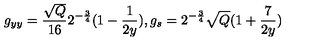
g _ { y y } = \frac { \sqrt { Q } } { 1 6 } 2 ^ { - \frac { 3 } { 4 } } ( 1 - \frac { 1 } { 2 y } ) , g _ { s } = 2 ^ { - \frac { 3 } { 4 } } \sqrt { Q } ( 1 + \frac { 7 } { 2 y } )